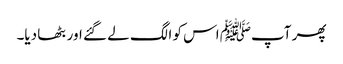
پھر آپﷺ اس کو الگ لے گئے اور بٹھا دیا۔